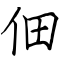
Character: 佃